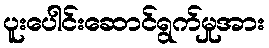
ပူးပေါင်းဆောင်ရွက်မှုအား